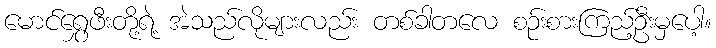
မောင်ရွှေဖီးတို့ရဲ့ အဲသည်လိုများလည်း တစ်ခါတလေ စဉ်းစားကြည့်ဦးမှပေါ့။